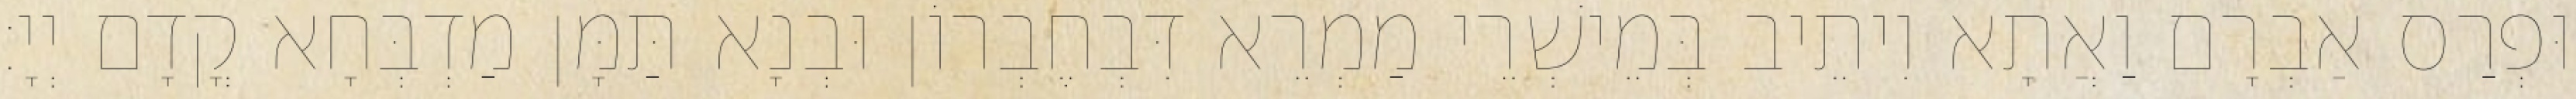
וּפְרַס אַבְרָם וַאֲתָא וִיתֵיב בְּמֵישְׁרֵי מַמְרֵא דִּבְחֶבְרוֹן וּבְנָא תַּמָּן מַדְבְּחָא קֳדָם יְיָ׃